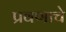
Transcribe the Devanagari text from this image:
प्रवणाचे